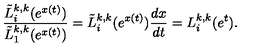
\frac { \tilde { L } _ { i } ^ { k , k } ( e ^ { x ( t ) } ) } { \tilde { L } _ { 1 } ^ { k , k } ( e ^ { x ( t ) } ) } = \tilde { L } _ { i } ^ { k , k } ( e ^ { x ( t ) } ) { \frac { d x } { d t } } = L _ { i } ^ { k , k } ( e ^ { t } ) .